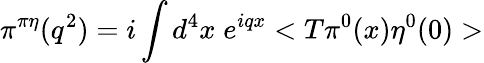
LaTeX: \pi^{\pi\eta}(q^{2})=i\int d^{4}x\; e^{iqx}<T\pi^{0}(x)\eta^{0}(0)>